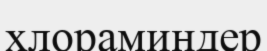
хлораминдер